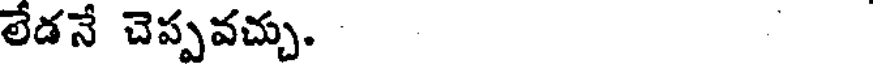
లేడనే చెప్పవచ్చు.